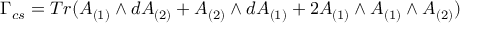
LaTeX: \Gamma _ { c s } = T r ( A _ { ( 1 ) } \wedge d A _ { ( 2 ) } + A _ { ( 2 ) } \wedge d A _ { ( 1 ) } + 2 A _ { ( 1 ) } \wedge A _ { ( 1 ) } \wedge A _ { ( 2 ) } )